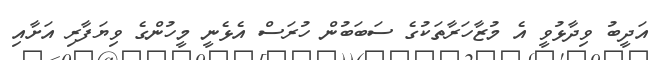
އަދީބު ވިދާޅުވީ އެ މުޒާހަރާތަކުގެ ސަބަބުން ހުރަސް އެޅެނީ މީހުންގެ ވިޔަފާރި އަށާއި